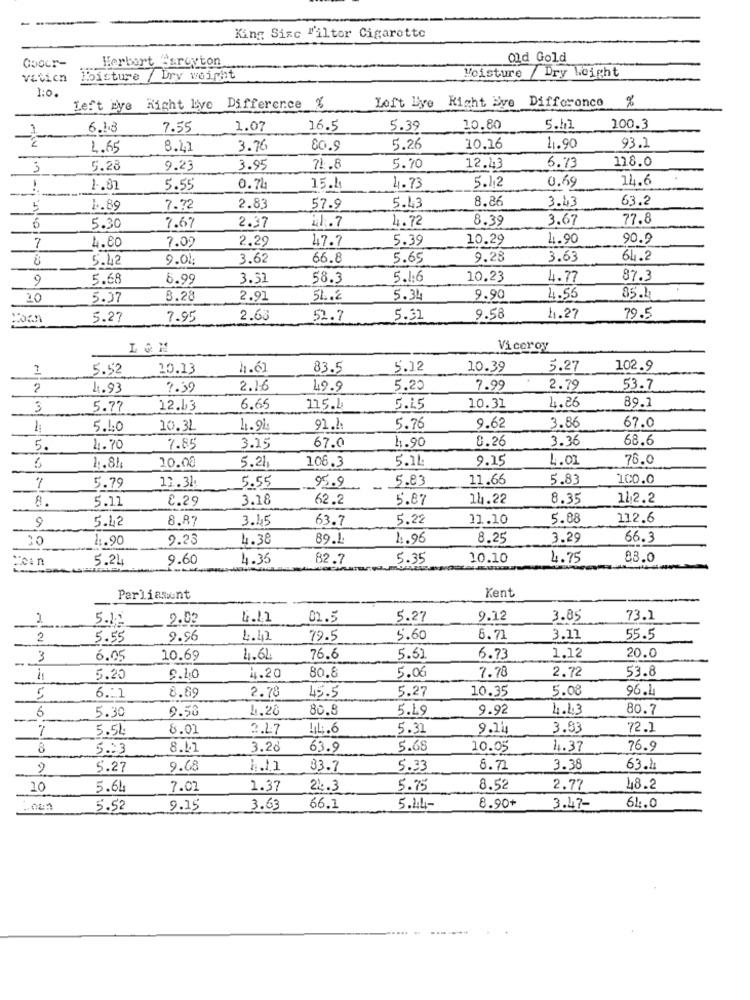
King Size "iltor Cigarette
Herbert @sroyton
old Gold
Moisture / Dry Weight
v&Vich
Hbisture / Dry weight
1:0.
%
Left Eye Right Live Difference %
Left Eye Right Eve Difference
6.13
7.55
1.07
16.5
5.39
10.80
5.12
100.3
2
4.65
8.2
3.76
60.9
5.26
10.16
1.90
93.1
6.73
118.0
3
5.28
9.23
3.95
71 .8
5.70
12.43
0.69
14.6
1.81
5.55
0.74
15.1
4.73
5.1,2
8.86
3.43
63.2
5
1.89
7.72
2.83
57.9
5.43
41.7
4.72
8.39
3.67
77.8
5.30
7.67
2.37
4.80
2.29
47.7
5.39
10.29
1.90
90.9
7
7.09
5.42
9.01
3.62
66.8
5.65
9.28
3.63
64.2
9
5.68
6.99
3.51
58.3
5.1:6
10,23
4.77
87.3
20
5.37
8.28
2.91
51.2
5.34
9.90
4.55
85.4
5.27
7.95
2.63
52.7
5.31
9.58
4.27
79.5
Viceroy
5.52
10.13
h.6
83.5
5.12
10.39
5.27
102.9
?
4.93
7.39
2.16
49.9
5.20
7.99
2.79
53.7
3
5.77
12.43
6.65
115.1
5.25
10.31
4.26
89.1
3.86
5.40
10.31
4.94
91.1.
5.76
9.62
67.0
1.90
8.26
3.36
68.6
5.
4.70
7.85
3.25
67.0
5.21.
106.3
5.11
9.15
4.01
76.0
1.81
20.08
12.31
95.9
5.83
11.66
5.83
100.0
5.79
5.55
8.
5.11
8.29
3.18
62.2
5.87
14.22
8.35
112.2
5.42
8.87
3.45
63.7
5.22
11.10
5.88
112.6
9
1.90
9.23
4.38
89.1.
4.96
8.25
3.29
66.3
5.24
9.60
4.35
82.7
5.35
10.10
4.75
83.0
Parliament
Kent
2
5.12
2.02
4.11
01.5
5.27
9.12
3.85
73.1
2
5.55
9.96
4.42
72.5
5.60
6.71
3.11
55.5
3
6.05
10.69
4.64
76.6
5.51
6.73
1.12
20.0
80.8
2.72
53.8
5.20
0.40
4.20
5.06
7.78
8.69
5.27
10.35
5.08
96.1
5
6.1
2.78
45.5
5.30
9.50
4.28
80.8
5.19
9.92
4.43
80.7
6
7
5.5L
8.01
2.17
LL.6
5.31
9.14
3.53
72.1
8
5.23
8.41
3.28
63.9
5.68
10.05
4.37
76.9
5.27
9.68
1.11
33.7
5.33
8.72
3.38
63.2
10
5.64
7.02
1.37
22.3
5.75
8.52
2.77
48.2
8.90+
5.52
9.15
3.63
66.1
5.44-
3.47-
61.0